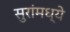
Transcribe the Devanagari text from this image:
सुरांमध्ये